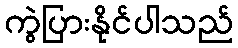
ကွဲပြားနိုင်ပါသည်